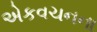
એકવચનના